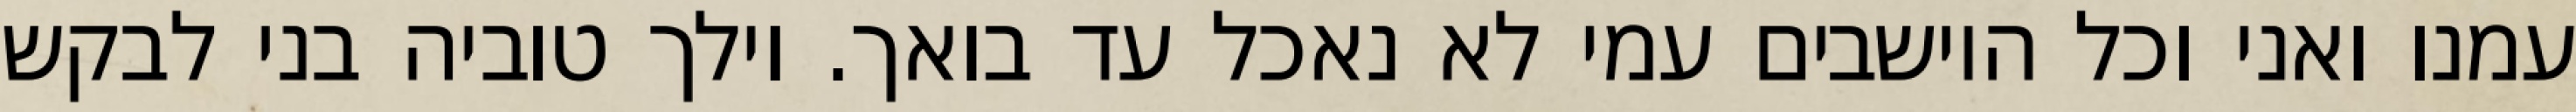
עמנו ואני וכל היושבים עמי לא נאכל עד בואך. וילך טוביה בני לבקש